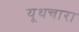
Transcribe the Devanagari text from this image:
यूथचारा